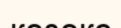
кезекс